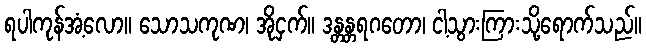
ရပါကုန်အံ့လော။ သောသကုဏ၊ အိုငှက်။ ဒန္တန္တရဂတော၊ ငါ့သွားကြားသို့ရောက်သည်။